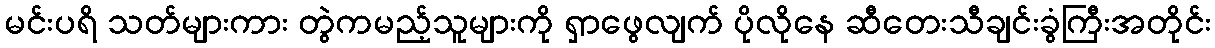
မင်းပရိ သတ်များကား တွဲကမည့်သူများကို ရှာဖွေလျက် ပိုလိုနေ ဆီတေးသီချင်းခွံကြီးအတိုင်း